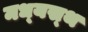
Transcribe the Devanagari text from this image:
मध्‍यस्‍थ